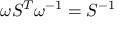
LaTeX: \omega S ^ { T } \omega ^ { - 1 } = S ^ { - 1 }